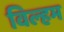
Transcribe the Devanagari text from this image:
विल्‍हम